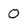
Character: 0